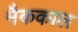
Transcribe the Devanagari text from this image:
मैककाल